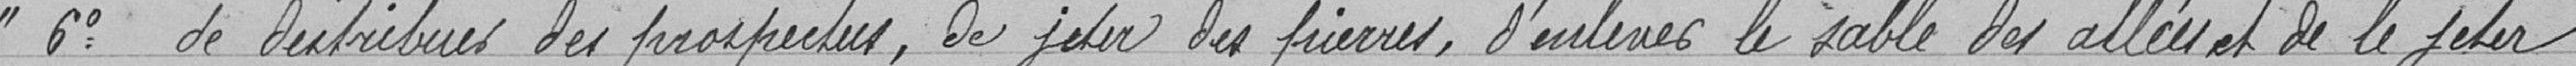
"6° de distribuer des prospectus, de jeter des pierres, d'enlever le sable des allées et de le jeter